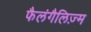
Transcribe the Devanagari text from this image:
फैलंगैलिज़्म